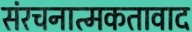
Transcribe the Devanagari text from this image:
संरचनात्मकतावाद